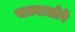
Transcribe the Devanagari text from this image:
सल्वातोरे